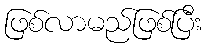
ဖြစ်လာမည်ဖြစ်ပြီး